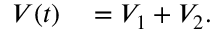
\begin{array} { r l } { V ( t ) } & { { } = { \cal V } _ { 1 } + { \cal V } _ { 2 } . } \end{array}